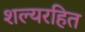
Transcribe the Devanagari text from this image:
शल्यरहित